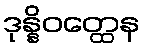
ဒုန္နိဝတ္ထေန